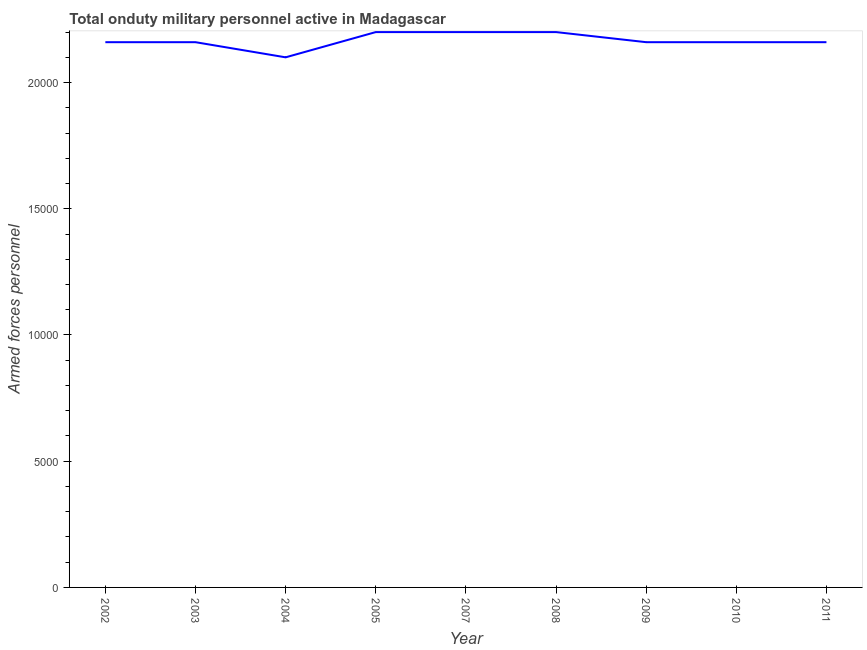
| Year | Armed forces personnel |
 | --- | --- |
 | 2002 | 2.16e+04 |
 | 2003 | 2.16e+04 |
 | 2004 | 2.1e+04 |
 | 2005 | 2.2e+04 |
 | 2007 | 2.2e+04 |
 | 2008 | 2.2e+04 |
 | 2009 | 2.16e+04 |
 | 2010 | 2.16e+04 |
 | 2011 | 2.16e+04 |